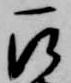
被